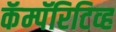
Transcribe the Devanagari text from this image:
कॅम्पॅरिटिव्ह